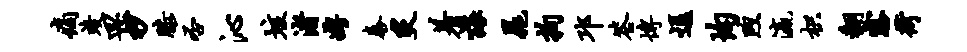
痛竣皿杪膝否沁垓渚娉泰炙着诲晁拘邛答博逗均煦瀛枳翻露荷